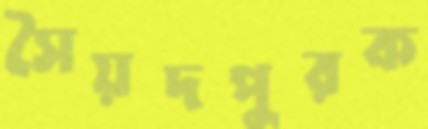
সৈয়দপুরক